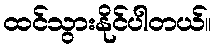
ထင်သွားနိုင်ပါတယ်။